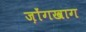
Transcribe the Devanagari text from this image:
ज़ोंगखाग